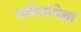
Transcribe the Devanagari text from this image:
कवितांपेक्षा